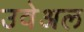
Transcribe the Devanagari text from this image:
उवेअल